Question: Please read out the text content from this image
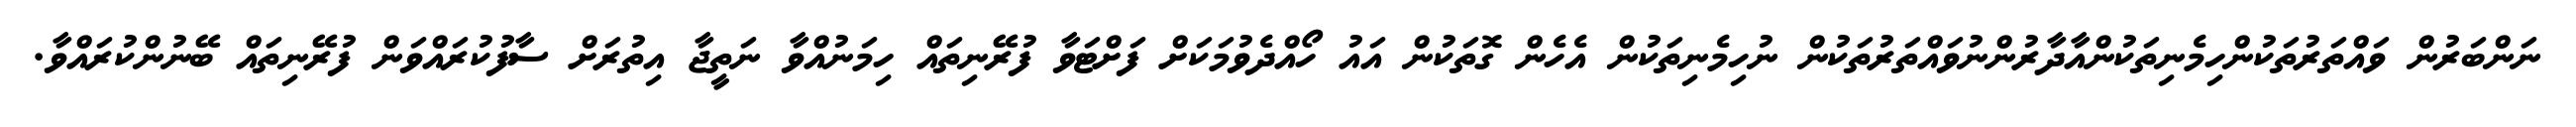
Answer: ނަންބަރުން ވައްތަރުތަކުންހިމެނިތަކުންއާދާރުންނުވައްތަރުތަކުން ނުހިމެނިތަކުން އެހެން ގޮތަކުން އައު ހޯއްދެވުމަކަށް ފަށްޓަވާ ފުރޭނިތައް ހިމަނުއްވާ ނަތީޖާ އިތުރަށް ސާފުކުރައްވަން ފުރޭނިތައް ބޭނުންކުރައްވާ.